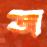
জ